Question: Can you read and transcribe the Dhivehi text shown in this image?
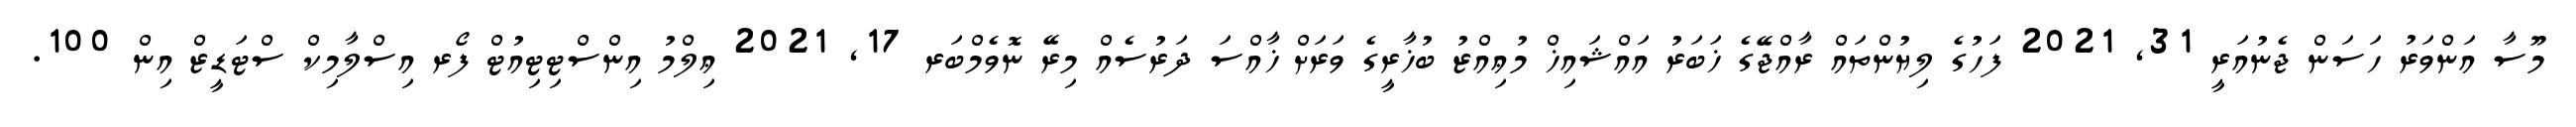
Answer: މޫސާ އަންވަރު ހަސަން ޖެނުއަރީ 31, 2021 ފަހުގެ ލިޔުންތައް ރާއްޖޭގެ ޚަބަރު އައްޝައިޚް މުޢިއްޒު ބުޚާރީގެ ވަރަށް ޚާއްސަ ދަރުސެއް މިރޭ ނޮވެމްބަރ 17, 2021 ޢިލްމު އިންސްޓިޓިއުޓް ފޯރ އިސްލާމިކް ސްޓަޑީޒް އިން 100.